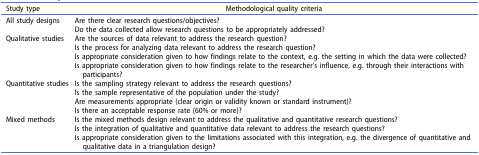
| Study type | Methodological quality criteria |
 | --- | --- |
 | <ROWSPAN=2> All study designs | Are there clear research questions/objectives? |
 | Do the data collected allow research questions to be appropriately addressed? |
 | <ROWSPAN=4> Qualitative studies | Are the sources of data relevant to address the research question? |
 | Is the process for analyzing data relevant to address the research question? |
 | Is appropriate consideration given to how findings relate to the context, e.g. the setting in which the data were collected? |
 | Is appropriate consideration given to how findings relate to the researcher’s influence, e.g. through their interactions with participants? |
 | <ROWSPAN=4> Quantitative studies | Is the sampling strategy relevant to address the research questions? |
 | Is the sample representative of the population under the study? |
 | Are measurements appropriate (clear origin or validity known or standard instrument)? |
 | Is there an acceptable response rate (60% or more)? |
 | <ROWSPAN=3> Mixed methods | Is the mixed methods design relevant to address the qualitative and quantitative research questions? |
 | Is the integration of qualitative and quantitative data relevant to address the research questions? |
 | Is appropriate consideration given to the limitations associated with this integration, e.g. the divergence of quantitative and qualitative data in a triangulation design? |